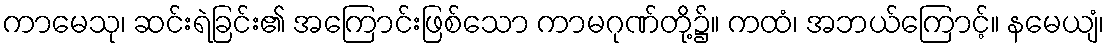
ကာမေသု၊ ဆင်းရဲခြင်း၏ အကြောင်းဖြစ်သော ကာမဂုဏ်တို့၌။ ကထံ၊ အဘယ်ကြောင့်။ နမေယျံ၊